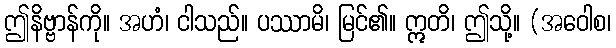
ဤနိဗ္ဗာန်ကို။ အဟံ၊ ငါသည်။ ပဿာမိ၊ မြင်၏။ ဣတိ၊ ဤသို့။ (အဝေါစ၊